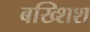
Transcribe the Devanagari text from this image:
बख्शिश